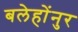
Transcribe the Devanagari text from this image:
बलेहोंनुर